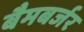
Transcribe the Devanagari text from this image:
बैमबर्जर